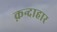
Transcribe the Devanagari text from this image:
क़न्दाहार